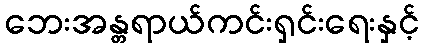
ဘေးအန္တရာယ်ကင်းရှင်းရေးနှင့်